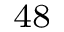
^ { 4 8 }